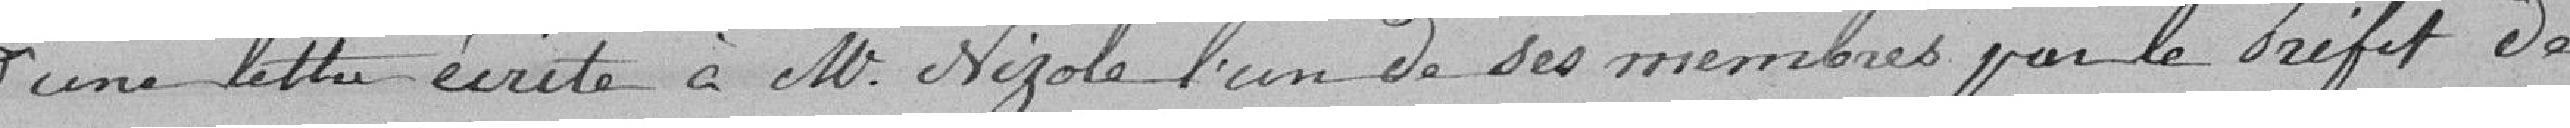
d'une lettre écrite à M. Nizole l'un de ses membres par le Préfet de